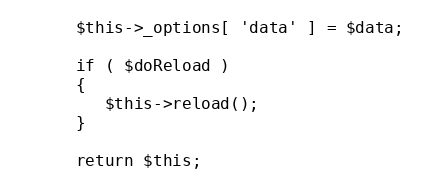
Language: PHP
      $this->_options[ 'data' ] = $data;

      if ( $doReload )
      {
         $this->reload();
      }

      return $this;